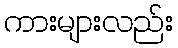
ကားများလည်း